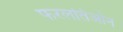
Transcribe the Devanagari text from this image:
फरलतिओन